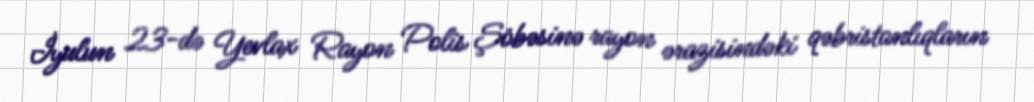
İyulun 23-də Yevlax Rayon Polis Şöbəsinə rayon ərazisindəki qəbristanlıqların